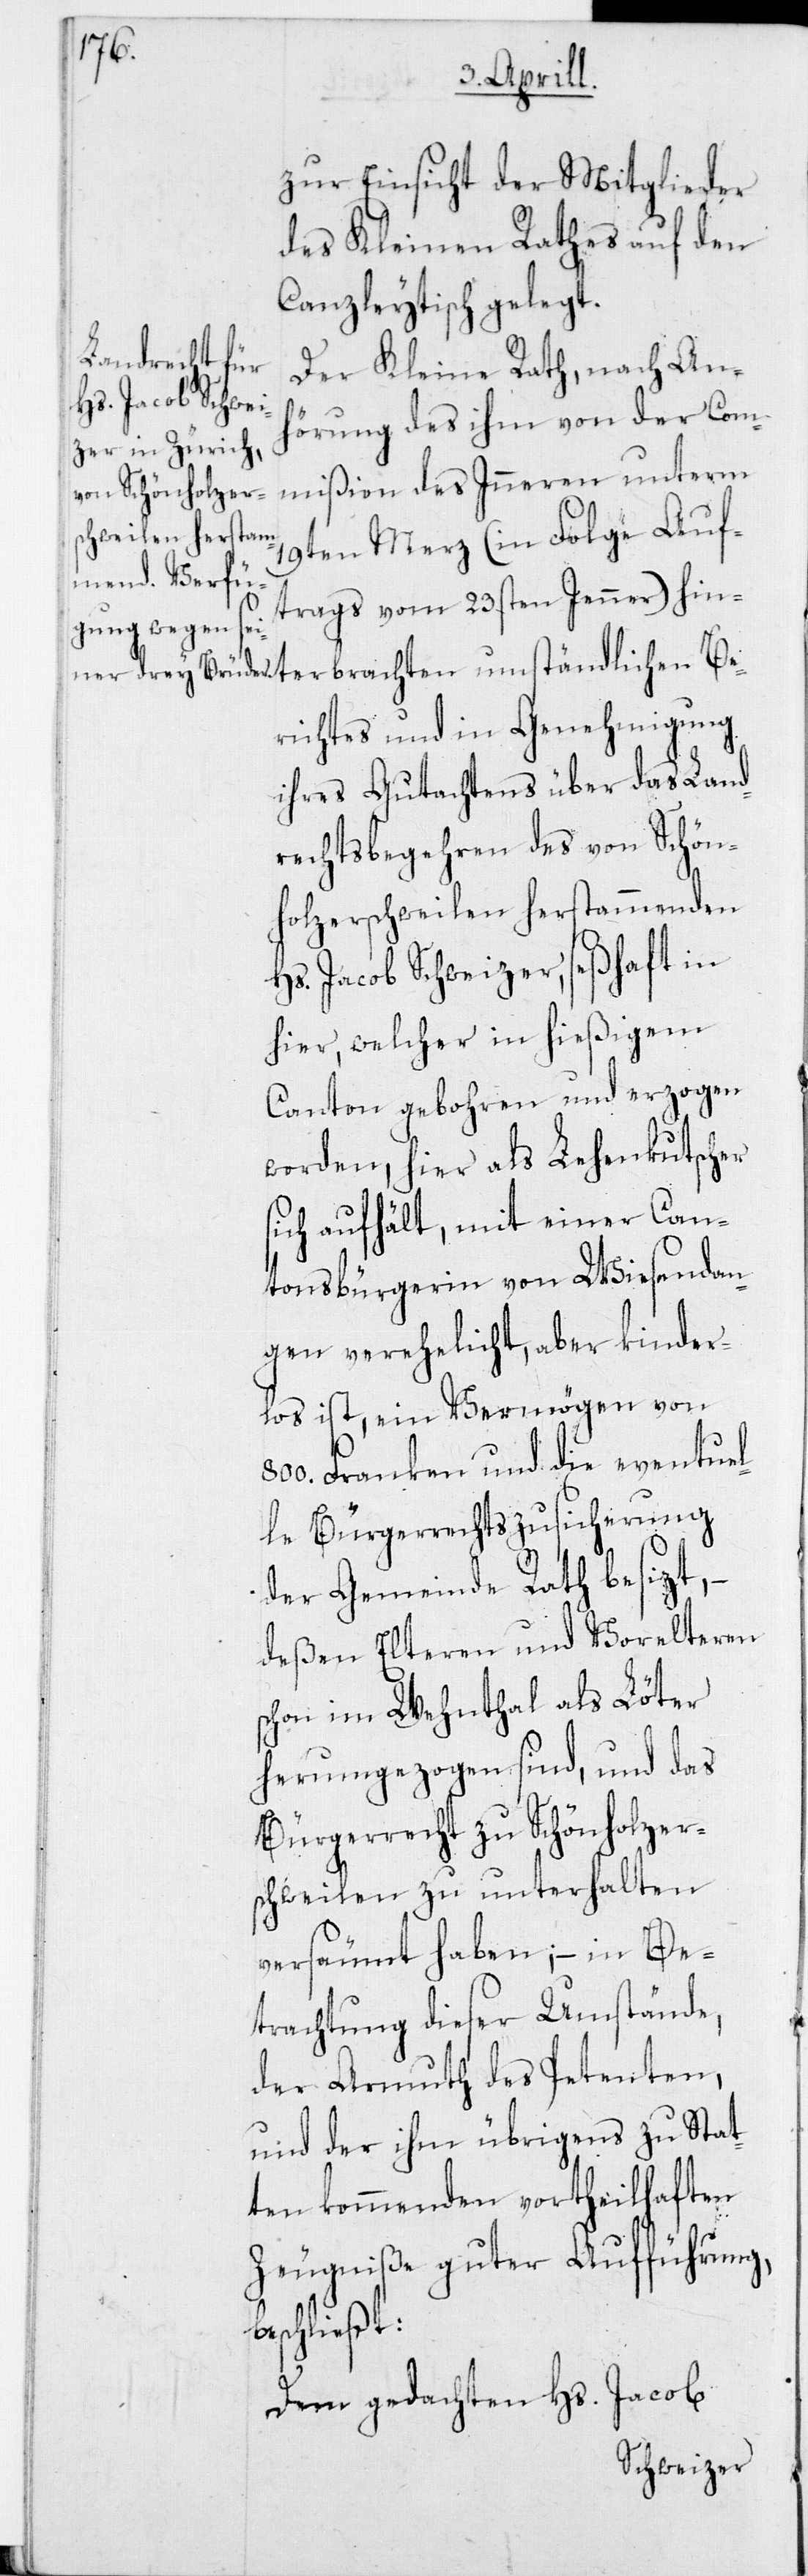
Be¬
zur Einsicht der Mitglieder
des Kleinen Rathes auf den
Canzleytisch gelegt.
Der Kleine Rath, nach An¬
hörung des ihm von der Com¬
mißion des Inneren unterm
19ten Merz (in Folge Auf¬
trags vom 23sten Jenner) hinter¬
richtes und in Genehmigung
ihres Gutachtens über das Land¬
rechtsbegehren des von Schön¬
holzerschweilen herstammenden
Hs. Jacob Schweizer, seßhaft in
hier, welcher in hießigem
Canton gebohren und erzogen
worden, hier als Lehenkutscher
sich aufhält, mit einer Can¬
tonsbürgerin von Wiesendan¬
gen verehelicht, aber kinder¬
los ist, ein Vermögen von
800. Franken und die eventuel¬
le Bürgerrechtszusicherung
der Gemeinde Rathh besizt, –
deßen Elteren und Vorelteren
schon im Wehntal als Löter
herumgezogen sind, und das
Bürgerrecht zu Schönholzer¬
schweilen zu unterhalten
versäumt haben; – in Be¬
trachtung dieser Umstände,
der Armuth des Petenten,
und der ihm übrigens zu Stat¬
ten kommenden vortheilhaften
Zeugniße guter Aufführung,
beschließt:
Dem gedachten Hs. Jacob